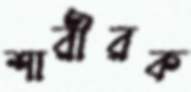
শারীরক